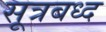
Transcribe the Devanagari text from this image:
सूत्रबध्द